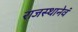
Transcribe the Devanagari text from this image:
राजस्थानेवं